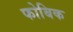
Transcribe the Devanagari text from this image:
फोबिक